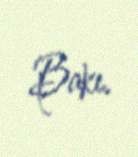
Bakı.